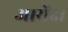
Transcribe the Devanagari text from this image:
आरोंदा